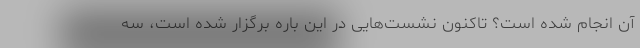
آن انجام شده است؟ تاکنون نشست‌هایی در این باره برگزار شده است، سه